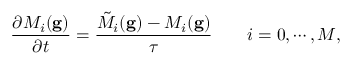
\frac { \partial M _ { i } ( \mathbf { g } ) } { \partial t } = \frac { \Tilde { M } _ { i } ( \mathbf { g } ) - M _ { i } ( \mathbf { g } ) } { \tau } \quad \quad i = 0 , \cdots , M ,